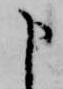
申